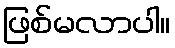
ဖြစ်မလာပါ။